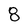
Character: 8